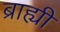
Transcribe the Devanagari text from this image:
ब्राह्यी